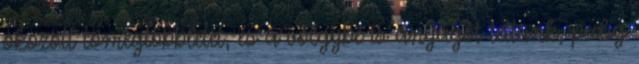
okozott tömegtöbbletet, és a völgybe is anyagot tettünk, pedig